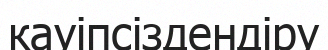
кауіпсіздендіру